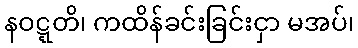
နဝဋ္ဋတိ၊ ကထိန်ခင်းခြင်းငှာ မအပ်၊